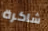
شاكرة